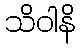
သိဝါနိ